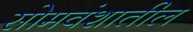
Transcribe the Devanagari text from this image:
सोमवंशातील